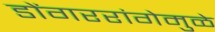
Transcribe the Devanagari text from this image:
डोंगररांगेमुळे